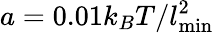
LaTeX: a=0.01k_{B}T/l_{\mathrm{min}}^{2}